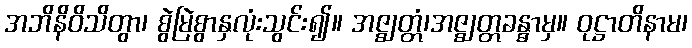
အဘိနိဝိသိတွာ၊ စွဲမြဲစွာနှလုံးသွင်း၍။ အဇ္ဈတ္တံ၊အဇ္ဈတ္တခန္ဓာမှ။ ဝုဋ္ဌာတိနာမ၊